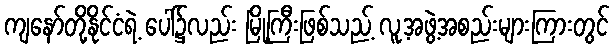
ကျနော်တို့နိုင်ငံရဲ့ ပေါ်၌လည်း မြို့ကြီးဖြစ်သည့် လူ့အဖွဲ့အစည်းများကြားတွင်